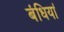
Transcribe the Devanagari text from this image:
बंधियां